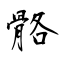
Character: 骼